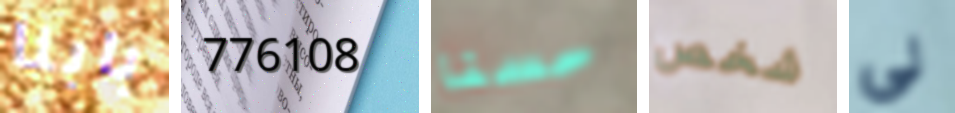
بابنا 776108 حسنا شخص لي